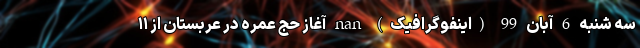
سه شنبه 6 آبان 99 (اینفوگرافیک) nan آغاز حج عمره در عربستان از ۱۱